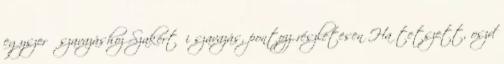
egyszerű szavazáshoz Szakértői szavazás, pontozz részletesen Ha tetszett, oszd